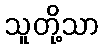
သူတို့သာ